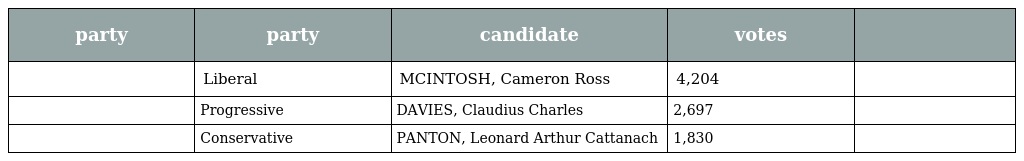
| party | party | candidate | votes |  |
 | --- | --- | --- | --- | --- |
 |  | Liberal | MCINTOSH, Cameron Ross | 4,204 |  |
 |  | Progressive | DAVIES, Claudius Charles | 2,697 |  |
 |  | Conservative | PANTON, Leonard Arthur Cattanach | 1,830 |  |